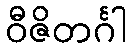
ဝီဇိတင်္ဂါ